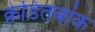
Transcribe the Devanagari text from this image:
क्रेडितबांक